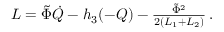
\begin{array} { r } { L = \tilde { \Phi } \dot { Q } - h _ { 3 } ( - Q ) - \frac { \tilde { \Phi } ^ { 2 } } { 2 ( L _ { 1 } + L _ { 2 } ) } \, . } \end{array}